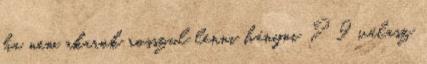
ha nem akarok rosszul lenni hányni ? 9 válasz